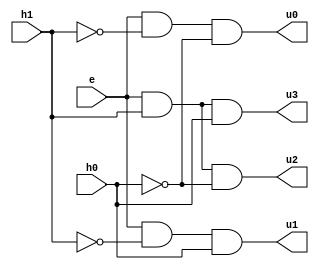
module decoder(u0,u1,u2,u3,e,h0,h1);
input  e,h0,h1;
output u0,u1,u2,u3;
assign u3 = (e & h1 & h0);
assign u0 = (e & ~h1 & ~h0);
assign u2 = (e & h1 & ~h0);
assign u1 = (e & !h1 &h0);
endmodule

module TB();
reg e,h0,h1;
wire u0,u1,u2,u3;

decoder d1(u0,u1,u2,u3,e,h0,h1);

initial
begin
	e=0;h0=1;h1=0;
	#100;
	e=1;h0=0;h1=0;//u0=1;
	#100;
	e=1;h0=1;h1=0;//u1=1;
	#100;
	e=1;h0=1;h1=1;//u3=1;
end
endmodule